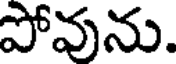
పోవును.